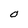
Character: O